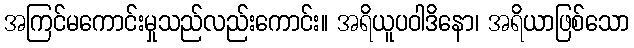
အကြင်မကောင်းမှုသည်လည်းကောင်း။ အရိယူပဝါဒိနော၊ အရိယာဖြစ်သော